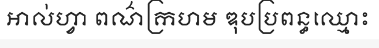
អាល់ហ្វា ពណ៌ក្រហម ឌុបប្រពន្ធឈ្មោះ